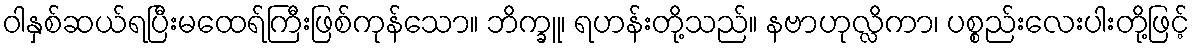
ဝါနှစ်ဆယ်ရပြီးမထေရ်ကြီးဖြစ်ကုန်သော။ ဘိက္ခူ၊ ရဟန်းတို့သည်။ နဗာဟုလ္လိကာ၊ ပစ္စည်းလေးပါးတို့ဖြင့်